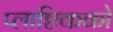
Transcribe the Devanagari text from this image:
प्लाष्टिकको